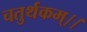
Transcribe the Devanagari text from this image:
चतुर्थकम्।।